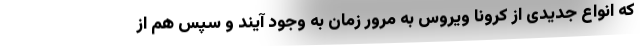
که انواع جدیدی از کرونا ویروس به مرور زمان به وجود آیند و سپس هم از